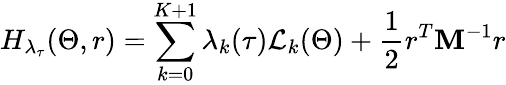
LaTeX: H_{\lambda_{\tau}}(\Theta,r)=\sum_{k=0}^{K+1}\lambda_{k}(\tau)\mathcal{L}_{k}(\Theta)+\frac{1}{2}r^{T}\mathbf{M}^{-1}r